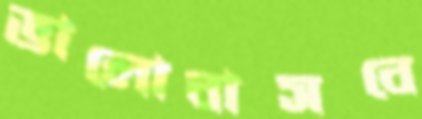
ভালোবাসবে